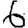
Digit: 6